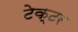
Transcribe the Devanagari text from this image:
टेक्टर